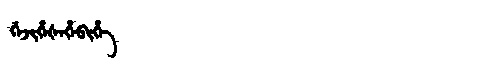
Manchu: ᡤᡝᠵᡳᡥᡝᡧᡝᡥᡝᠪᡳᡥᡝ
Romanization: GEJIHEŠEHEBIHE